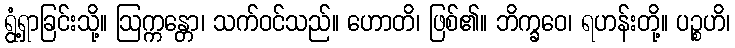
ရွံ့ရှာခြင်းသို့။ ဩက္ကန္တော၊ သက်ဝင်သည်။ ဟောတိ၊ ဖြစ်၏။ ဘိက္ခဝေ၊ ရဟန်းတို့။ ပဉ္စဟိ၊